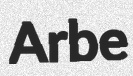
Arbe